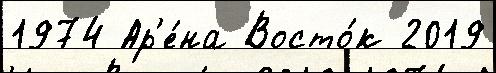
1974 Ар'е́на Восто́к 2019